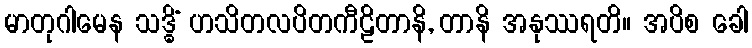
မာတုဂါမေန သဒ္ဓိံ ဟသိတလပိတကီဠိတာနိ, တာနိ အနုဿရတိ။ အပိစ ခေါ